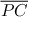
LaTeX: \overline { { P C } }